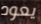
يعود